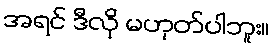
အရင် ဒီလို မဟုတ်ပါဘူး။